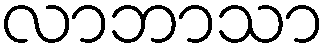
လာဘာသာ